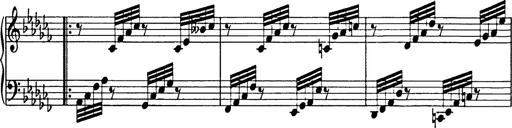
Title: 8 Variations
Composer: Franz Liszt
Key: A-flat major